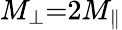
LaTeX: M_{\perp}{=}2M_{\parallel}